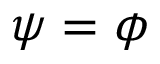
\psi = \phi